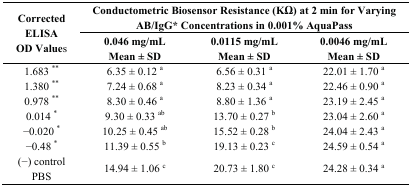
| <ROWSPAN=3> Corrected ELISA OD Values | <COLSPAN=3> Conductometric Biosensor Resistance (KΩ) at 2 min for Varying AB/IgG*Concentrations in 0.001% AquaPass |
 | 0.046 mg/mL Mean ± SD | 0.0115 mg/mL Mean ± SD | 0.0046 mg/mL Mean ± SD |
 | --- | --- | --- | --- |
 | 1.683 ** | 6.35 ± 0.12 a | 6.56 ± 0.31 a | 22.01 ± 1.70 a |
 | 1.380 ** | 7.24 ± 0.68 a | 8.23 ± 0.34 a | 22.46 ± 0.90 a |
 | 0.978 ** | 8.30 ± 0.46 a | 8.80 ± 1.36 a | 23.19 ± 2.45 a |
 | 0.014 * | 9.30 ± 0.33 ab | 13.70 ± 0.27 b | 23.04 ± 2.60 a |
 | −0.020 * | 10.25 ± 0.45 ab | 15.52 ± 0.28 b | 24.04 ± 2.43 a |
 | −0.48 * | 11.39 ± 0.55 b | 19.13 ± 0.23 c | 24.59 ± 0.54 a |
 | (−) control PBS | 14.94 ± 1.06 c | 20.73 ± 1.80 c | 24.28 ± 0.34 a |